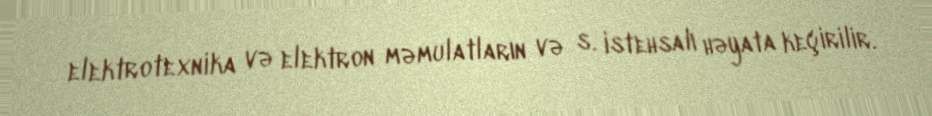
elektrotexnika və elektron məmulatların və s. istehsalı həyata keçirilir.